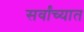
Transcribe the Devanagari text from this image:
सर्वांच्यात